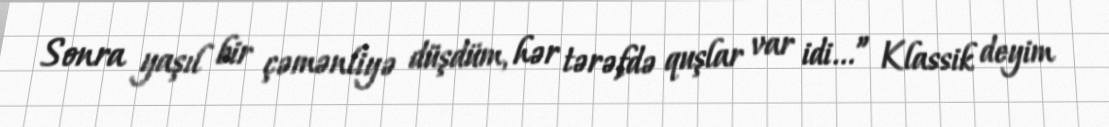
Sonra yaşıl bir çəmənliyə düşdüm, hər tərəfdə quşlar var idi...” Klassik deyim